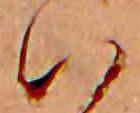
い